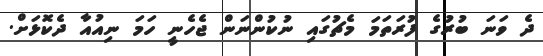
ދެ ވަނަ ބުރުގެ ފުރަތަމަ މެޗުގައި ނުކުންނަން ޖެހެނީ ހަމަ ނިއުއާ ދެކޮޅަށް.